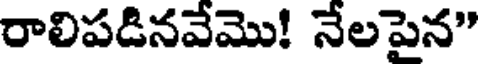
రాలిపడినవేమొ! నేలపైన"